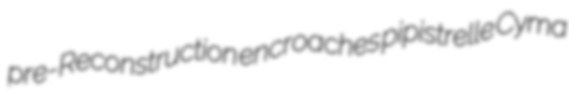
pre-Reconstruction encroaches pipistrelle Cyma